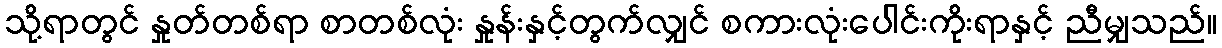
သို့ရာတွင် နှုတ်တစ်ရာ စာတစ်လုံး နှုန်းနှင့်တွက်လျှင် စကားလုံးပေါင်းကိုးရာနှင့် ညီမျှသည်။